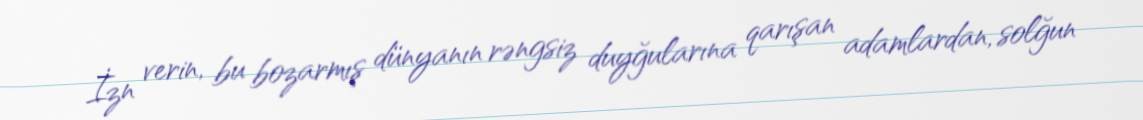
İzn verin, bu bozarmış dünyanın rəngsiz duyğularına qarışan adamlardan, solğun